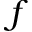
f